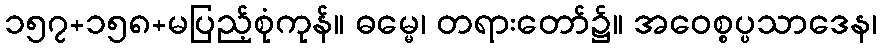
၁၅၇+၁၅၈+မပြည့်စုံကုန်။ ဓမ္မေ၊ တရားတော်၌။ အဝေစ္စပ္ပသာဒေန၊